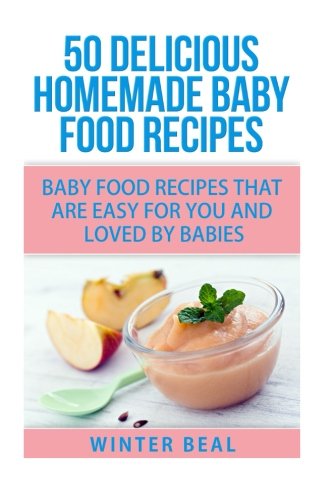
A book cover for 50 Delicious Homemade Baby Food Recipes; Winter Beal; Cookbooks, Food & Wine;